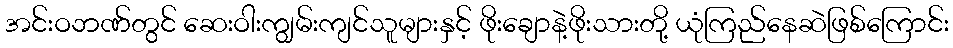
အင်းဝဘဏ်တွင် ဆေးဝါးကျွမ်းကျင်သူများနှင့် ဖိုးချောနဲ့ဖိုးသားတို့ ယုံကြည်နေဆဲဖြစ်ကြောင်း